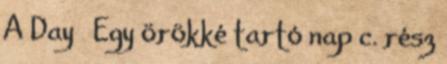
A Day Egy örökké tartó nap c. rész